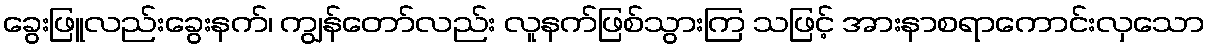
ခွေးဖြူလည်းခွေးနက်၊ ကျွန်တော်လည်း လူနက်ဖြစ်သွားကြ သဖြင့် အားနာစရာကောင်းလှသော